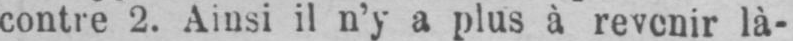
là-